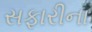
સફારીના